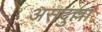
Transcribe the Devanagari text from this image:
असदुल्ला